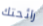
رائحتك